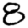
Digit: 8